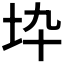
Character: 𡉻